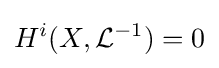
H^{i}(X,{\mathcal {L}}^{-1})=0